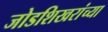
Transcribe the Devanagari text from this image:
जोडशिखरांच्या